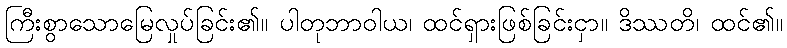
ကြီးစွာသောမြေလှုပ်ခြင်း၏။ ပါတုဘာဝါယ၊ ထင်ရှားဖြစ်ခြင်းငှာ။ ဒိဿတိ၊ ထင်၏။